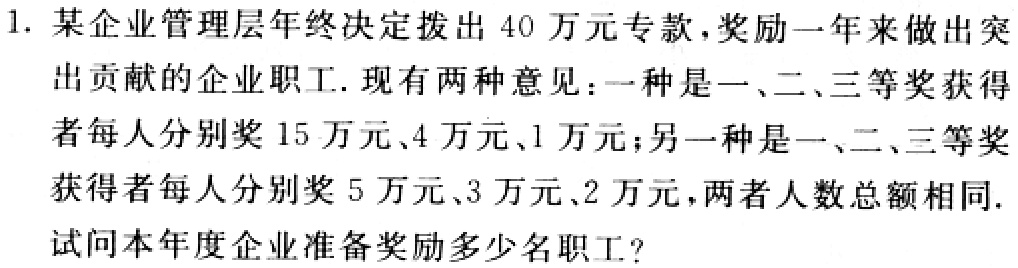
1. 某企业管理层年终决定拨出 40 万元专款，奖励一年来做出突出贡献的企业职工. 现有两种意见：一种是一、二、三等奖获得者每人分别奖 15 万元、4 万元、1 万元；另一种是一、二、三等奖获得者每人分别奖 5 万元、3 万元、2 万元，两者人数总额相同.
试问本年度企业准备奖励多少名职工?